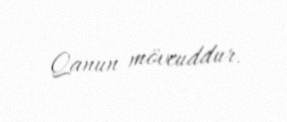
Qanun mövcuddur.